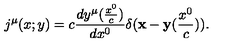
j ^ { \mu } ( x ; y ) = c \frac { d y ^ { \mu } ( \frac { x ^ { 0 } } { c } ) } { d x ^ { 0 } } \delta ( { \bf x } - { \bf y } ( \frac { x ^ { 0 } } { c } ) ) .